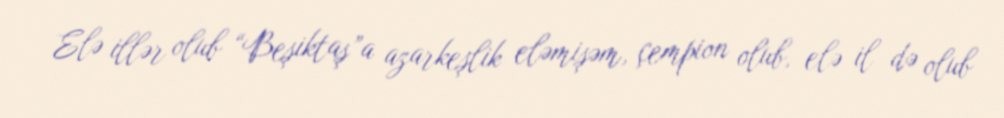
Elə illər olub “Beşiktaş”a azarkeşlik eləmişəm, çempion olub, elə il də olub